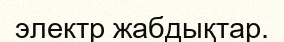
электр жабдықтар.